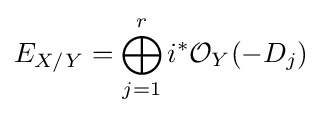
E_{X/Y}=\bigoplus _{j=1}^{r}i^{*}{\mathcal {O}}_{Y}(-D_{j})